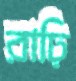
রাঢ়ি